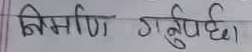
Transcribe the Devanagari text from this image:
निर्माण गर्नुपर्छ।